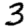
Digit: 3